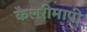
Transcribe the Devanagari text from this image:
कैलरीमापी